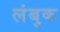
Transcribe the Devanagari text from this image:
लंबुक